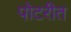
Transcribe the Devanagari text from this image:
पोटरीत